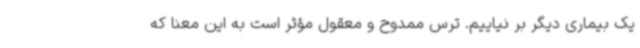
یک بیماری دیگر بر نیاییم. ترس ممدوح و معقول مؤثر است به این معنا که